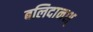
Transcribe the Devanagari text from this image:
बलिदानश्